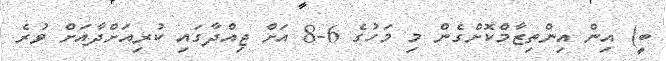
ބީ) އިން އިންތިޒާމްކޮށްގެން މި މަހުގެ 6-8 އަށް ޖިއްދާގައި ކުރިއަށްދާއަށް ވުރެ